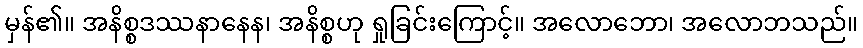
မှန်၏။ အနိစ္စဒဿနာနေန၊ အနိစ္စဟု ရှုခြင်းကြောင့်။ အလောဘော၊ အလောဘသည်။